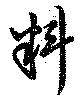
料